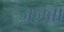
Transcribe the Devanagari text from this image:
ज़ज़्बा